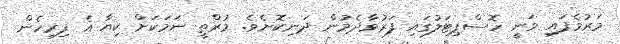
މަރުވެފައި ވަނީ ހޮސްޕިޓަލުގައި ފަރުވާދެމުން ދަނިކޮށެވެ. މުރްތީ ނަމަަކަށް ކިޔާ އެ ފިރިހެން